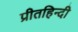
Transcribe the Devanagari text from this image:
प्रीतहिन्दी